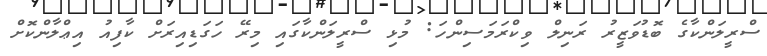
ސްރީލަންކާގެ ބޮޑުވަޒީރު ރަނިލް ވިކްރަމަސިންހަ: މުޅި ސްރީލަންކާގައި މިރޭ ހަގަޑިއިރަށް ކާފިއު އިޢްލާންކޮށް